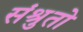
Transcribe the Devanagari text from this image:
संश्रुतो